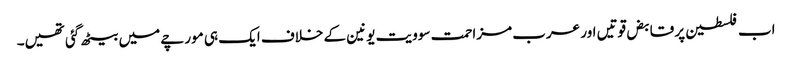
اب فلسطین پر قابض قوتیں اور عرب مزاحمت سوویت یونین کے خلاف ایک ہی مورچے میں بیٹھ گئی تھیں۔